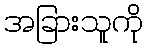
အခြားသူကို